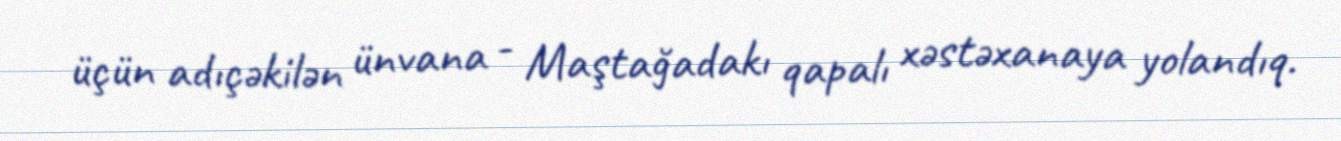
üçün adıçəkilən ünvana - Maştağadakı qapalı xəstəxanaya yolandıq.